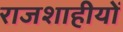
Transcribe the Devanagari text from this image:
राजशाहीयों